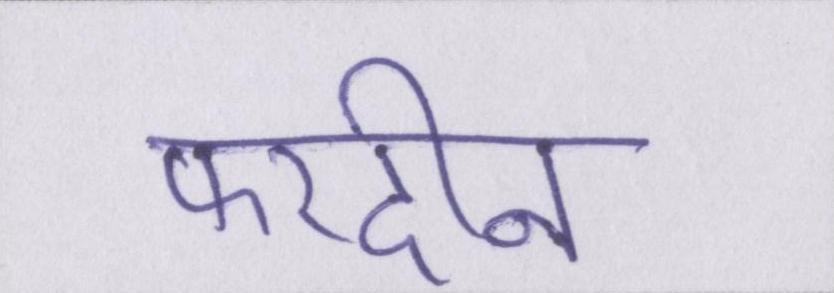
फरदीन